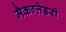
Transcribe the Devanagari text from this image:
मैकग्लेडरी